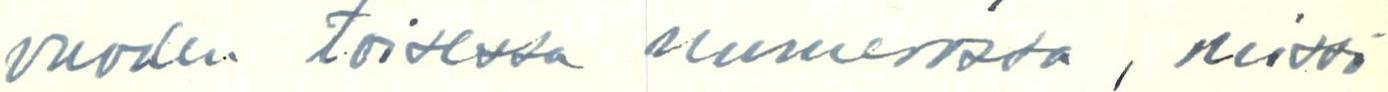
vuoden toisessa numerossa, missä